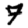
Digit: 7